Report of the Indian Hemp Drugs Commission, 1894-1895 - Volume IV
Year: 1894
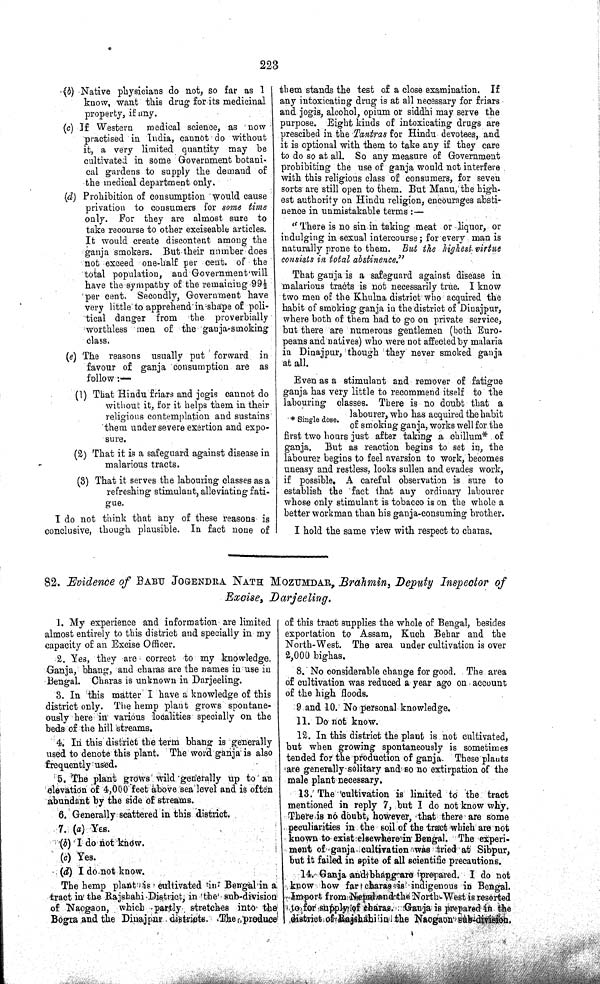
223
(b) Native physicians do not, so far as I
know, want this drug for its medicinal
property, if any.
(c) If Western
medical science, as now
practised in India, cannot do without
it, a very limited quantity may be
cultivated in some Government botani-
cal gardens to supply the demand of
the medical department only.
(d) Prohibition of consumption would cause
privation to consumers for some time
only. For they are almost sure to
take recourse to other exciseable articles.
It would create discontent among the
ganja smokers. But their number does
not exceed one-half per cent. of the
total population, and Government will
have the sympathy of the remaining 991/2
per cent. Secondly, Government have
very little to apprehend in shape of poli-
tical danger from the proverbially
worthless men of the ganja-smoking
class.
(e) The reasons usually put forward in
favour of ganja consumption are as
follow:—
(1) That Hindu friars and jogis cannot do
without it, for it helps them in their
religious contemplation and sustains'
them under severe exertion and expo-
sure.
(2) That it is a safeguard against disease in
malarious tracts.
(3) That it serves the labouring classes as a
refreshing stimulant, alleviating fati-
gue.
I do not think that any of these reasons is
conclusive, though plausible. In fact none of
them stands the test of a close examination. If
any intoxicating drug is at all necessary for friars
and jogis, alcohol, opium or siddhi may serve the
purpose. Eight kinds of intoxicating drugs are
prescibed in the Tantras for Hindu devotees, and
it is optional with them to take any if they care
to do so at all. So any measure of Government
prohibiting the use of ganja would not interfere
with this religious class of consumers, for seven
sorts are still open to them. But Manu, the high-
est authority on Hindu religion, encourages absti-
nence in unmistakable terms:—
"There is no sin in taking meat or liquor, or
indulging in sexual intercourse; for every man is
naturally prone to them. But the highest virtue
consists in total abstinence."
That ganja is a safeguard against disease in
malarious tracts is not necessarily true. I know
two men of the Khulna district who acquired the
habit of smoking ganja in the district of Dinajpur,
where both of them had to go on private service,
but there are numerous gentlemen (both Euro-
peans and natives) who were not affected by malaria
in Dinajpur, though they never smoked ganja
at all.
Even as a stimulant and remover of fatigue
ganja has very little to recommend itself to the
labouring classes. There is no doubt that a
labourer, who has acquired the habit
of smoking ganja, works well for the
first two hours just after taking a chillum* of
ganja. But as reaction begins to set in, the
labourer begins to feel aversion to work, becomes
uneasy and restless, looks sullen and evades work,
if possible. A careful observation is sure to
establish the fact that any ordinary labourer
whose only stimulant is tobacco is on the whole a
better workman than his ganja-consuming brother.
I hold the same view with respect to charas.
* Single dose.
82. Evidence of BABU JOGENDRA NATH MOZUMDAR, Brahmin, Deputy Inspector of
Excise,
Darjeeling.
1. My experience and information are limited
almost entirely to this district and specially in my
capacity of an Excise Officer.
2. Yes, they are correct to my knowledge.
Ganja, bhang, and charas are the names in use in
Bengal. Charas is unknown in Darjeeling.
3. In this matter I have a knowledge of this
district only. The hemp plant grows spontane-
ously here in various localities specially on the
beds of the hill streams.
4. In this district the term bhang is generally
used to denote this plant. The world ganja is also
frequently used.
5. The plant grows wild generally up to an
elevation of 4,000 feet above sea level and is often
abundant by the side of streams.
6. Generally scattered in this district.
7. (a) Yes.
(b) I do not know.
(c) Yes.
(d) I do not know.
The hemp plant is cultivated in Bengal in a
tract in the Rajshahi District, in the sub-division
of Naogaon, which partly stretches into the
Bogra and the Dinajpur districts. The produce
of this tract supplies the whole of Bengal, besides
exportation to Assam, Kuch Behar and the
North-West. The area under cultivation is over
2,000 bighas.
8. No considerable change for good. The area
of cultivation was reduced a year ago on account
of the high floods.
9 and 10. No personal knowledge.
11. Do not know.
12. In this district the plant is not cultivated,
but when growing spontaneously is sometimes
tended for the production of ganja. These plants
are generally solitary and so no extirpation of the
male plant necessary.
13. The cultivation is limited to the tract
mentioned in reply 7, but I do not know why.
There is no doubt, however, that there are some
peculiarities in the soil of the tract which are not
known to exist elsewhere in Bengal. The experi-
ment of ganja cultivation was tried at Sibpur,
but it failed in spite of all scientific precautions.
14. Ganja and bhang are prepared. I do not
know how far charas
indigenous in Bengal.
Import from Nepal and the North-West is resorted
to for supply of charas. Ganja is prepared in the
district of Rajshahi in the Naogaon sub-division.